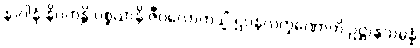
နာဂါနံ နိပကန္တိ ပစ္စယာနိ ဇီဝလောကသ္မိံ ဌပနလက္ခဏောတိ ဥဋ္ဌာနသမ္ပန္နံ